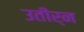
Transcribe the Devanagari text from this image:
उतीर्न